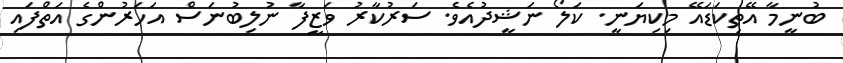
ބުނީމާ އޭތިކަޑައޭ މިކިޔަނީ. ކަލޯ ނަޝީދުއެވެ. ސަރުކާރު ވަޒީފާ ނުލިބުނަސް އަހަރުންގެ އަތްފައި